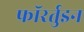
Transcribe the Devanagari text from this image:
फॉरर्तुइन